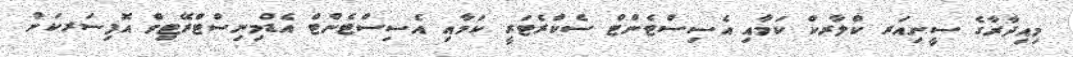
މިއިދާރާގެ ސީނިއަރ ކްލާރކް ކަމާއި އެސިސްޓެންޓް ސެކްރެޓަރީ ކަމާއި އެސިސްޓެންޓް އެޑްމިނިސްޓްރޭޓިވް އޮފިސަރކަން